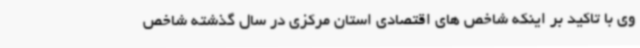
وی با تاکید بر اینکه شاخص های اقتصادی استان مرکزی در سال گذشته شاخص